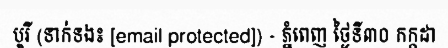
បូរី (ទាក់ទង៖ [email protected]) - ភ្នំពេញ ថ្ងៃទី៣០ កក្កដា